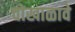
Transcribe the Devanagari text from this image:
चोखाळावे